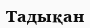
Тадықан